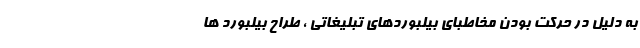
به دلیل در حرکت بودن مخاطبای بیلبوردهای تبلیغاتی ، طراح بیلبورد ها